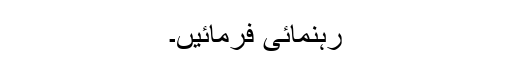
رہنمائی فرمائیں۔